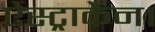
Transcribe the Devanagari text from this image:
ऐस्ट्राकैन।